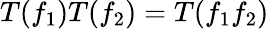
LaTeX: T(f_{1})T(f_{2})=T(f_{1}f_{2})